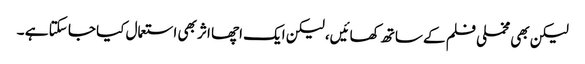
لیکن بھی مخملی فلم کے ساتھ کھائیں، لیکن ایک اچھا اثر بھی استعمال کیا جا سکتا ہے ۔